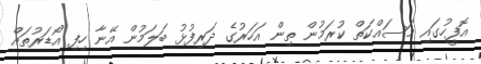
އޮފީހުގައި މަސައްކަތް ކުރަމުން ތިން އަހަރުގެ ދަރިފުޅު ބަލަމުން އޭނާ ހިފި އޯޑަރުތައް